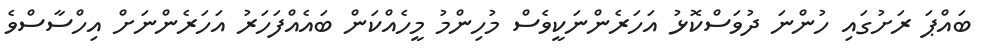
ބައްޕަ ރަށުގައި ހުންނަ ދުވަސްކޮޅު އަހަރެންނަކީވެސް މުހިންމު މީހެއްކަން ބައެއްފަހަރު އަހަރެންނަށް އިހްސާސްވެ